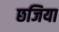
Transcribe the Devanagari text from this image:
छजिया